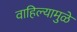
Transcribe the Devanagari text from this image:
वाहिल्यामुळे